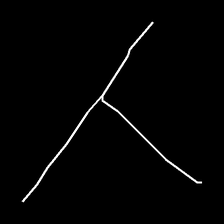
Glyph: column